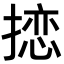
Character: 𪮠